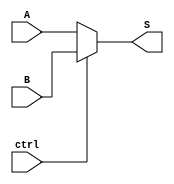
`timescale 1ns / 1ps
//////////////////////////////////////////////////////////////////////////////////
// Company: 
// Engineer: 
// 
// Design Name: 
// Module Name:    mux 
// Project Name: 
// Target Devices: 
// Tool versions: 
// Description: 
//
// Dependencies: 
//
// Revision: 
// Revision 0.01 - File Created
// Additional Comments: 
//
//////////////////////////////////////////////////////////////////////////////////
module mux(
           input wire A,B,
			  output wire S,
			  input wire ctrl
    );

assign S = (ctrl==0)?A:B;
	
endmodule